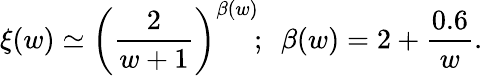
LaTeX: \xi(w)\simeq\bigg({\frac{2}{w+1}}\bigg)^{\beta(w)}\! ;~~\beta(w)=2+{\frac{0.6}{w}}.